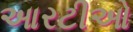
આરટીઓ